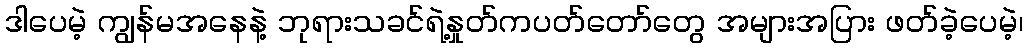
ဒါပေမဲ့ ကျွန်မအနေနဲ့ ဘုရားသခင်ရဲ့နှုတ်ကပတ်တော်တွေ အများအပြား ဖတ်ခဲ့ပေမဲ့၊